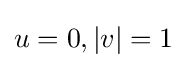
u=0,|v|=1